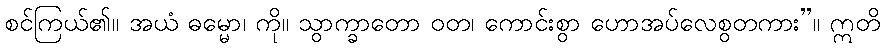
စင်ကြယ်၏။ အယံ ဓမ္မော၊ ကို။ သွာက္ခာတော ဝတ၊ ကောင်းစွာ ဟောအပ်လေစွတကား”။ ဣတိ